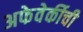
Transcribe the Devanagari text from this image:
अफेवेर्कीची